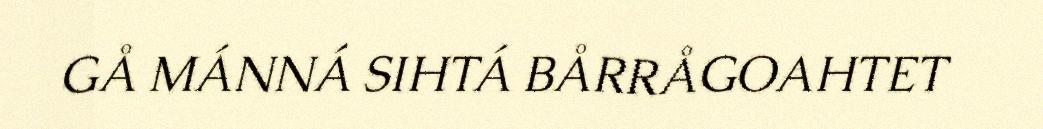
GÅ MÁNNÁ SIHTÁ BÅRRÅGOAHTET